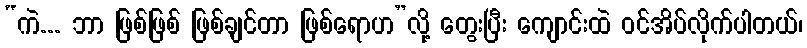
“ကဲ... ဘာ ဖြစ်ဖြစ် ဖြစ်ချင်တာ ဖြစ်ရောဟ”လို့ တွေးပြီး ကျောင်းထဲ ဝင်အိပ်လိုက်ပါတယ်၊